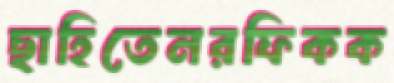
ছাহিতেনরফিকক